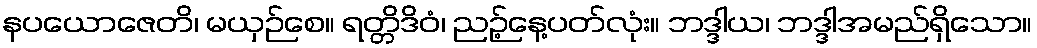
နပယောဇေတိ၊ မယှဉ်စေ။ ရတ္တိဒိဝံ၊ ညဉ့်နေ့ပတ်လုံး။ ဘဒ္ဒါယ၊ ဘဒ္ဒါအမည်ရှိသော။